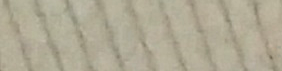
SPEED LIMIT 60